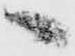
へ